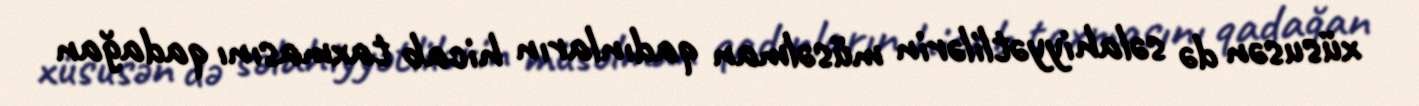
xüsusən də səlahiyyətlilərin müsəlman qadınların hicab taxmasını qadağan